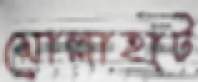
মোল্লাহাট